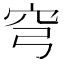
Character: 穹